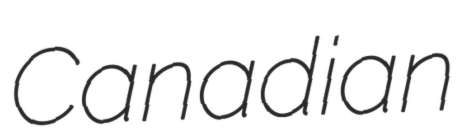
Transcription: Canadian